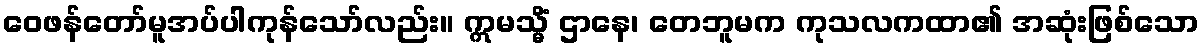
ဝေဖန်တော်မူအပ်ပါကုန်သော်လည်း။ ဣမသ္မိံ ဌာနေ၊ တေဘူမက ကုသလကထာ၏ အဆုံးဖြစ်သော